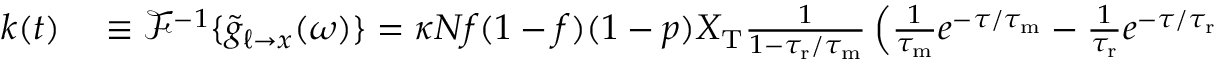
\begin{array} { r l } { k ( t ) } & { { } \equiv \mathcal { F } ^ { - 1 } \{ \tilde { g } _ { \ell \to x } ( \omega ) \} = \kappa N f ( 1 - f ) ( 1 - p ) X _ { \mathrm { T } } \frac { 1 } { 1 - { \tau _ { \mathrm { r } } } / { \tau _ { \mathrm { m } } } } \left( \frac { 1 } { { \tau _ { \mathrm { m } } } } e ^ { - \tau / { \tau _ { \mathrm { m } } } } - \frac { 1 } { { \tau _ { \mathrm { r } } } } e ^ { - \tau / { \tau _ { \mathrm { r } } } } \right) , } \end{array}